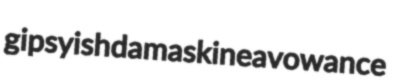
gipsyish damaskine avowance